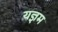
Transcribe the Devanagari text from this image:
यज्ञम